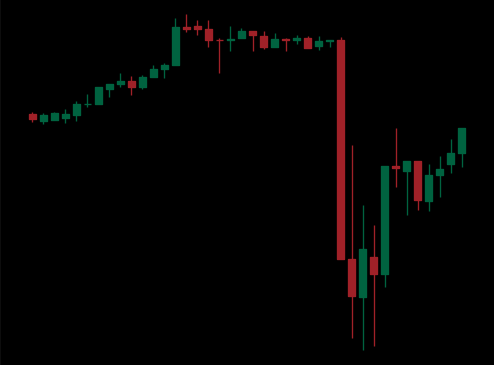
Pattern: unclassified